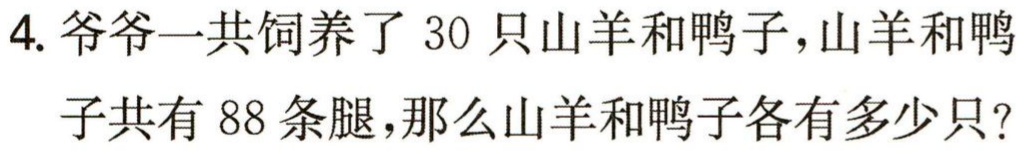
4. 爷爷一共饲养了 30 只山羊和鸭子，山羊和鸭

子共有 88 条腿，那么山羊和鸭子各有多少只？